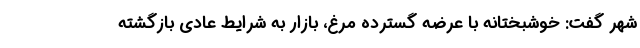
شهر گفت: خوشبختانه با عرضه گسترده مرغ، بازار به شرایط عادی بازگشته